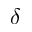
\delta